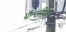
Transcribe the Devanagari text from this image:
पैन्जीया